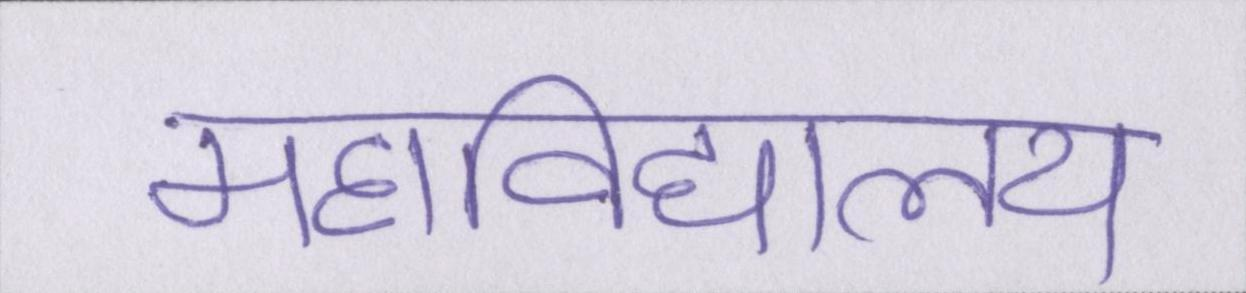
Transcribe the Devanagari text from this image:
महाविद्यालय